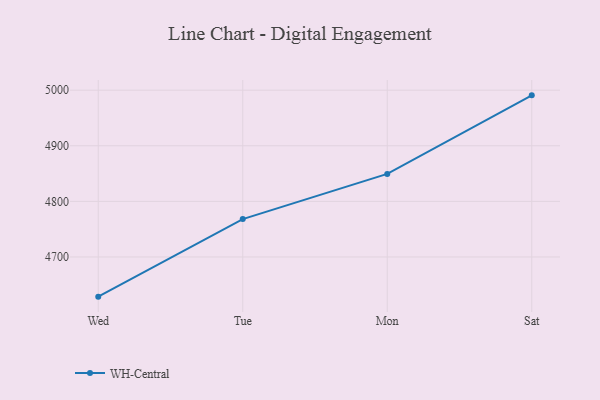
{"axis": {"x": "Day", "y": "Backlog"}, "legend": ["WH-Central"], "data": [{"x": "Wed", "y": 4628.6, "type": "WH-Central"}, {"x": "Tue", "y": 4768.1, "type": "WH-Central"}, {"x": "Mon", "y": 4849.4, "type": "WH-Central"}, {"x": "Sat", "y": 4990.7, "type": "WH-Central"}]}